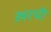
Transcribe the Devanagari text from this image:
ख़रची